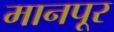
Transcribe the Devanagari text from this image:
मानपूर